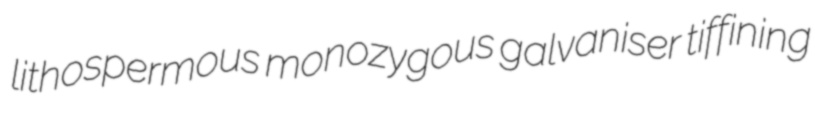
lithospermous monozygous galvaniser tiffining